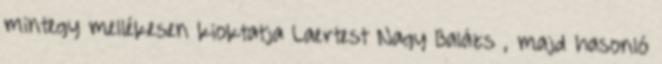
mintegy mellékesen kioktatja Laertest Nagy Balázs , majd hasonló